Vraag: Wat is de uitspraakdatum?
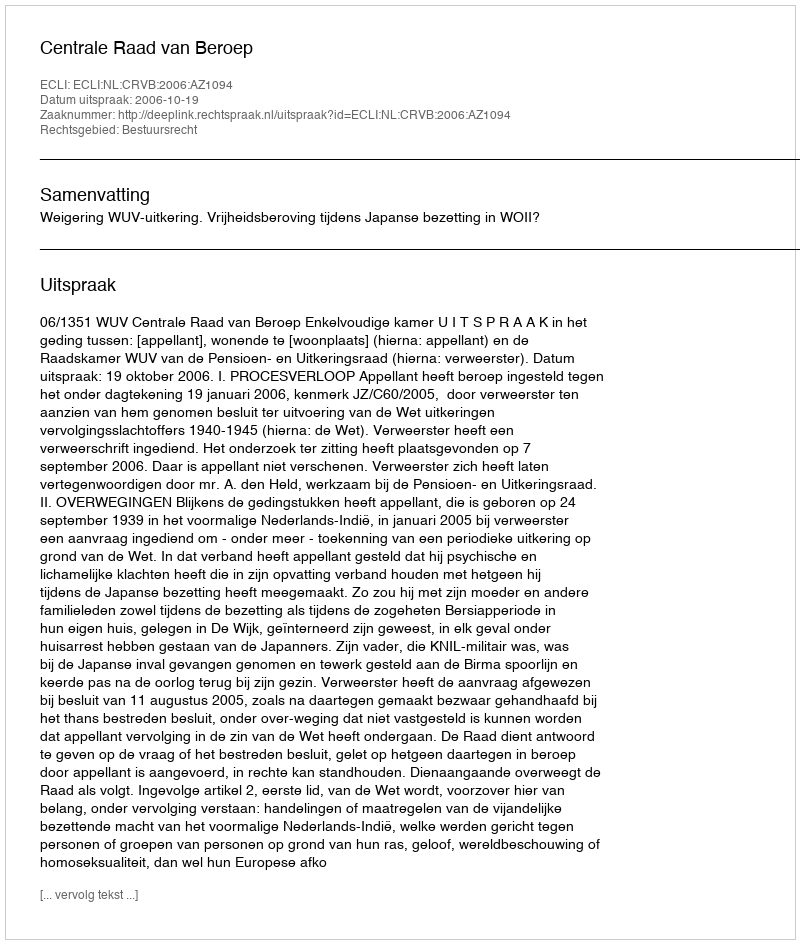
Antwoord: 2006-10-19